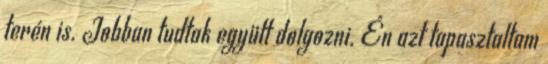
terén is. Jobban tudtak együtt dolgozni. Én azt tapasztaltam